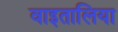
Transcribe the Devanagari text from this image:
वाइतालिया